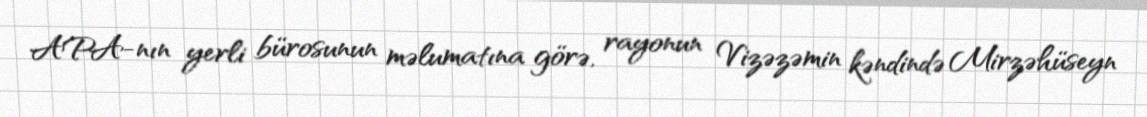
APA-nın yerli bürosunun məlumatına görə, rayonun Vizəzəmin kəndində Mirzəhüseyn